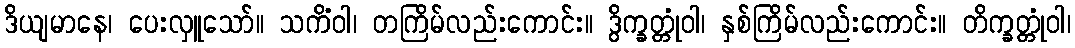
ဒိယျမာနေ၊ ပေးလှူသော်။ သကိံဝါ၊ တကြိမ်လည်းကောင်း။ ဒွိက္ခတ္တုံဝါ၊ နှစ်ကြိမ်လည်းကောင်း။ တိက္ခတ္တုံဝါ၊